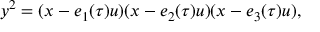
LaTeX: y ^ { 2 } = ( x - e _ { 1 } ( \tau ) u ) ( x - e _ { 2 } ( \tau ) u ) ( x - e _ { 3 } ( \tau ) u ) ,